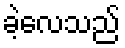
ခဲ့လေသည်